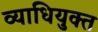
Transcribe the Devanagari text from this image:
व्याधियुक्त